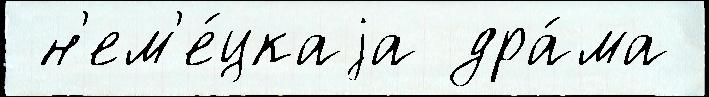
 н'ем'е́цкаjа дра́ма